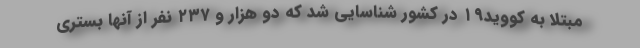
مبتلا به کووید۱۹ در کشور شناسایی شد که دو هزار و ۲۳۷ نفر از آنها بستری